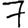
Digit: 7